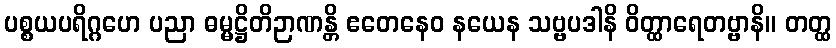
ပစ္စယပရိဂ္ဂဟေ ပညာ ဓမ္မဋ္ဌိတိဉာဏန္တိ ဧတေနေဝ နယေန သဗ္ဗပဒါနိ ဝိတ္ထာရေတဗ္ဗာနိ။ တတ္ထ